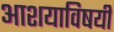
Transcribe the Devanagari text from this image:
आशयाविषयी